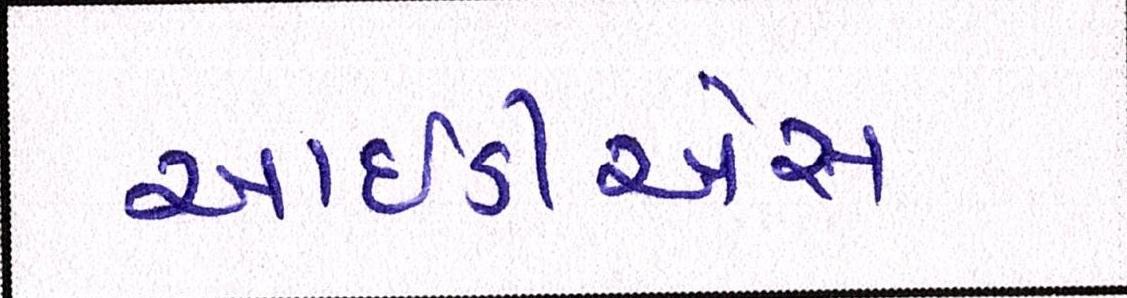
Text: આઈડીએસ